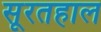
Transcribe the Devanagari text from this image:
सूरतहाल